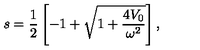
s = \frac { 1 } { 2 } \left[ - 1 + \sqrt { 1 + \frac { 4 V _ { 0 } } { \omega ^ { 2 } } } \right] ,